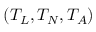
( T _ { L } , T _ { N } , T _ { A } )